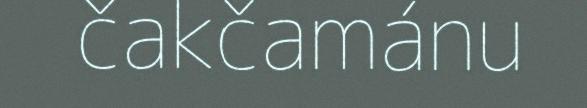
čakčamánu